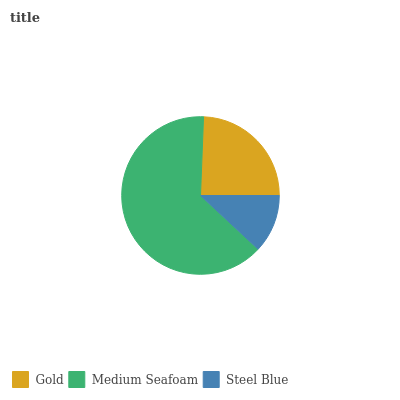
| Gold | Medium Seafoam | Steel Blue |
 | --- | --- | --- |
 | 24.4% | 63.7% | 11.9% |